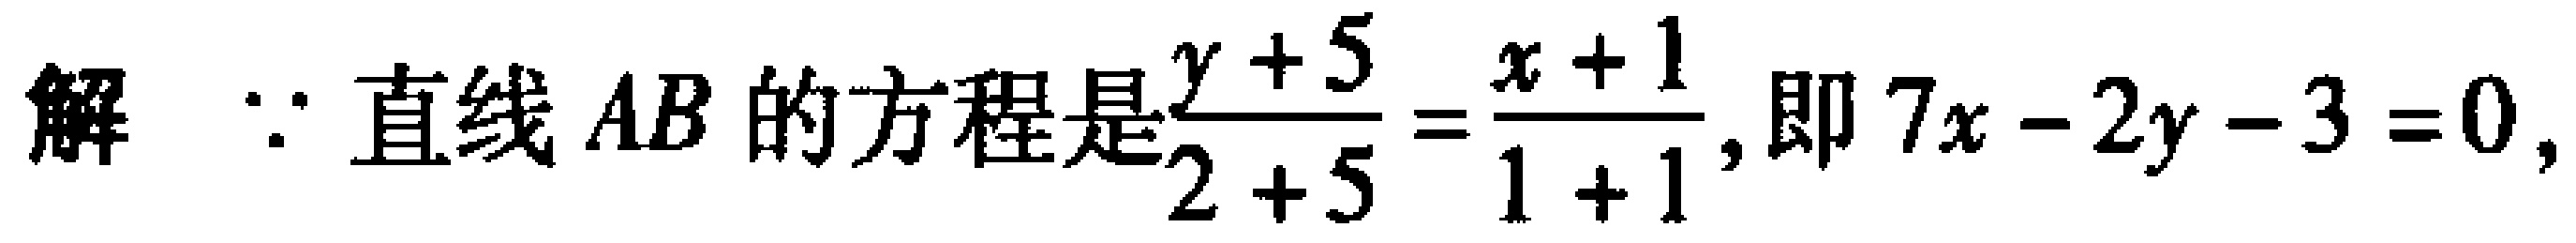
解：\(\because\)直线\(AB\)的方程是\(\frac{y + 5}{2 + 5}=\frac{x + 1}{1 + 1}\)，即\(7x - 2y - 3 = 0\)，